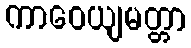
ကာဝေယျမတ္တာ